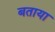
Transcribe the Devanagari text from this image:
बताया